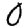
Digit: 0